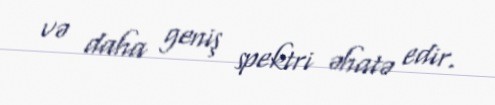
və daha geniş spektri əhatə edir.